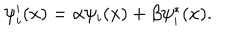
LaTeX: \psi _ { i } ^ { \prime } ( x ) = \alpha \psi _ { i } ( x ) + \beta \psi _ { i } ^ { * } ( x ) .